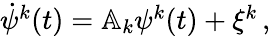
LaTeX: \begin{array}{r}{\dot{{{\psi}}}^{k}(t)=\mathbb{A}_{k}{{\psi}}^{k}(t)+{\xi}^{k}\, ,}\end{array}